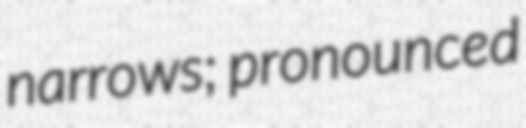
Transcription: narrows; pronounced